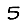
Digit: 5